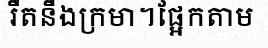
រឹតនឹងក្រមា។ផ្អែកតាម